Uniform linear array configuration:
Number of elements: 16
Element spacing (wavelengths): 0.75
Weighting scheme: exponential
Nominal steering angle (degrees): -60
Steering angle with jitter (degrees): -61.491
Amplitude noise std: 0.05
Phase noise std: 0.05

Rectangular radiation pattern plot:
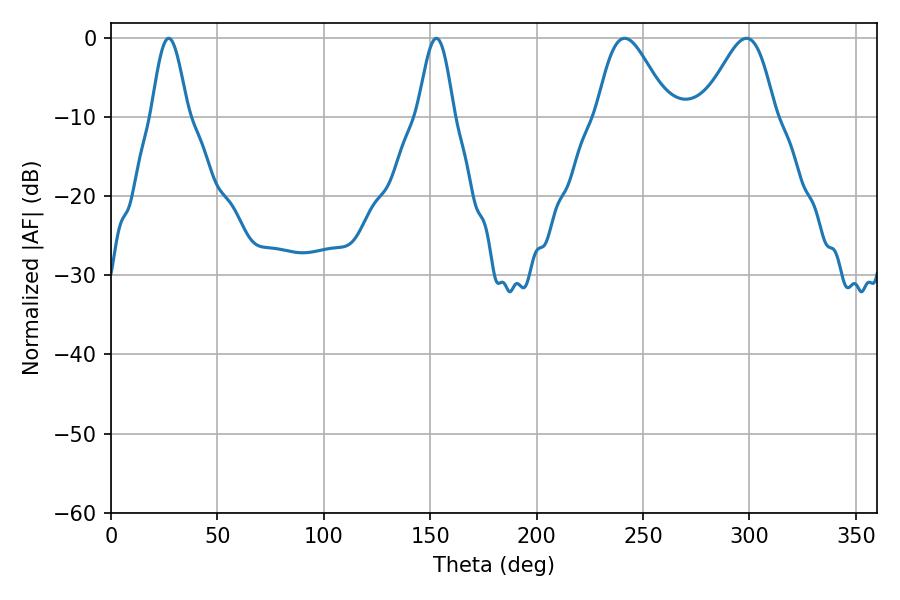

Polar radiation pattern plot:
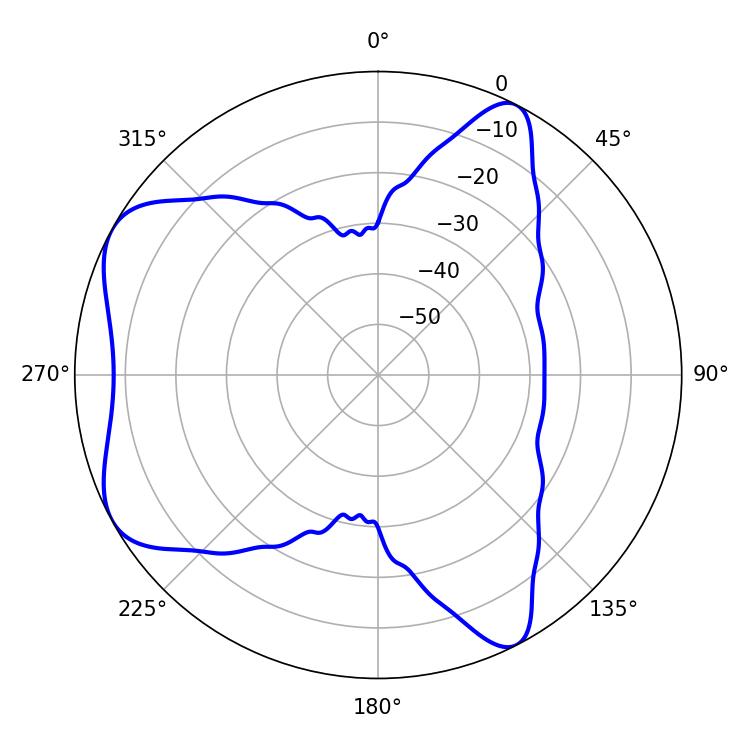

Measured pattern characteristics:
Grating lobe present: TRUE
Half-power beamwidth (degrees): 18
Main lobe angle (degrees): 241.38